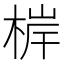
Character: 𭪤